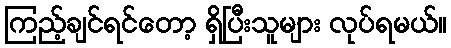
ကြည့်ချင်ရင်တော့ ရှိပြီးသူများ လုပ်ရမယ်။